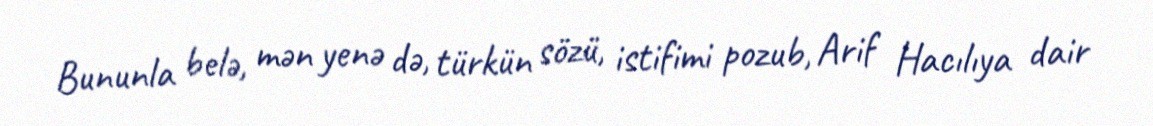
Bununla belə, mən yenə də, türkün sözü, istifimi pozub, Arif Hacılıya dair